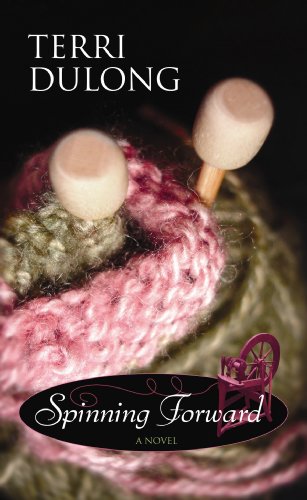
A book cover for Spinning Forward (Center Point Premier Fiction (Large Print)); Terri DuLong; Crafts, Hobbies & Home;